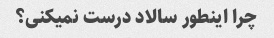
چرا اینطور سالاد درست نمیکنی؟